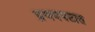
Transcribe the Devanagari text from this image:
प्रणयपटात